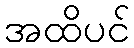
အထိပင်